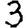
Digit: 3